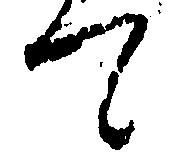
て